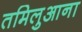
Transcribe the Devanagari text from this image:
तमिलुआना